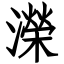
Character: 濚